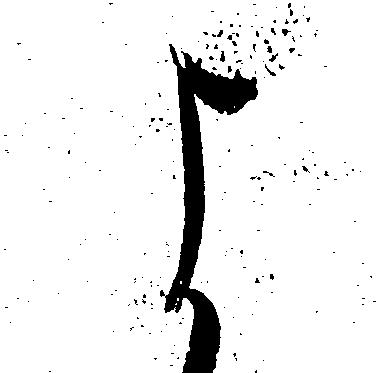
よ